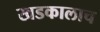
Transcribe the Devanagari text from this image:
खडकालाच